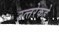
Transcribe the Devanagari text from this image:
उत्‍तरेकडे